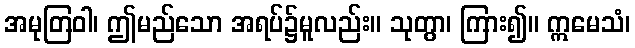
အမုတြဝါ၊ ဤမည်သော အရပ်၌မူလည်း။ သုတွာ၊ ကြား၍။ ဣမေသံ၊